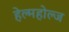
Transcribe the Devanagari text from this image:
हेल्महोल्ज